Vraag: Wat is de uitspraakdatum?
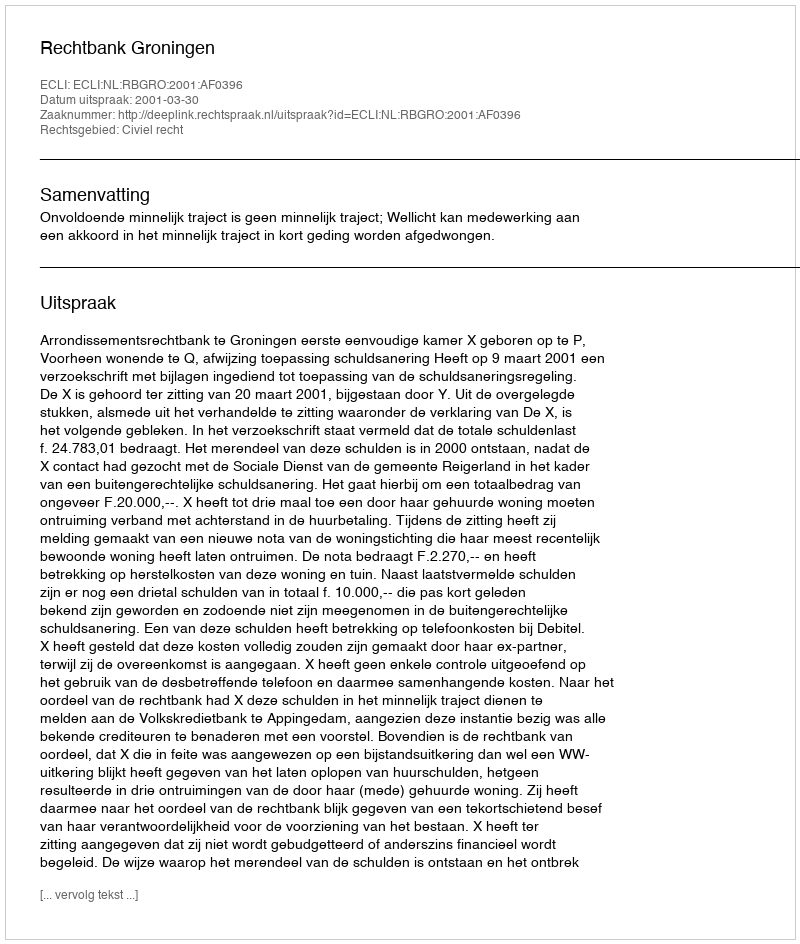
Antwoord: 2001-03-30